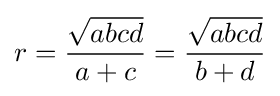
\displaystyle r={\frac {\sqrt {abcd}}{a+c}}={\frac {\sqrt {abcd}}{b+d}}